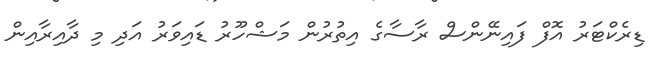
ޑިރެކްޓަރު އޮފް ފައިނޭންސް ރާސާގެ އިތުރުން މަޝްހޫރު ޑައިވަރު އަދި މި ދާއިރާއިން